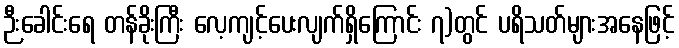
ဉီးခေါင်းရေ တန်ခိုးကြီး လေ့ကျင့်ပေးလျက်ရှိကြောင်း ၇)တွင် ပရိသတ်များအနေဖြင့်